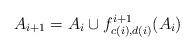
LaTeX: \begin{align*}A_{i+1} = A_{i} \cup f^{i+1}_{c(i),d(i)}(A_{i})\end{align*}